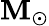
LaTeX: \mathbf{M}_{\odot}